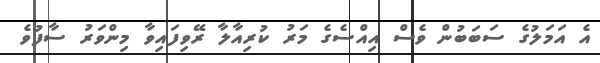
އެ އަމަލުގެ ސަބަބުން ވެސް އިއްސެގެ މަރު ކުރިއާލާ ރޭވިފައިވާ މިންވަރު ސާފުވެ